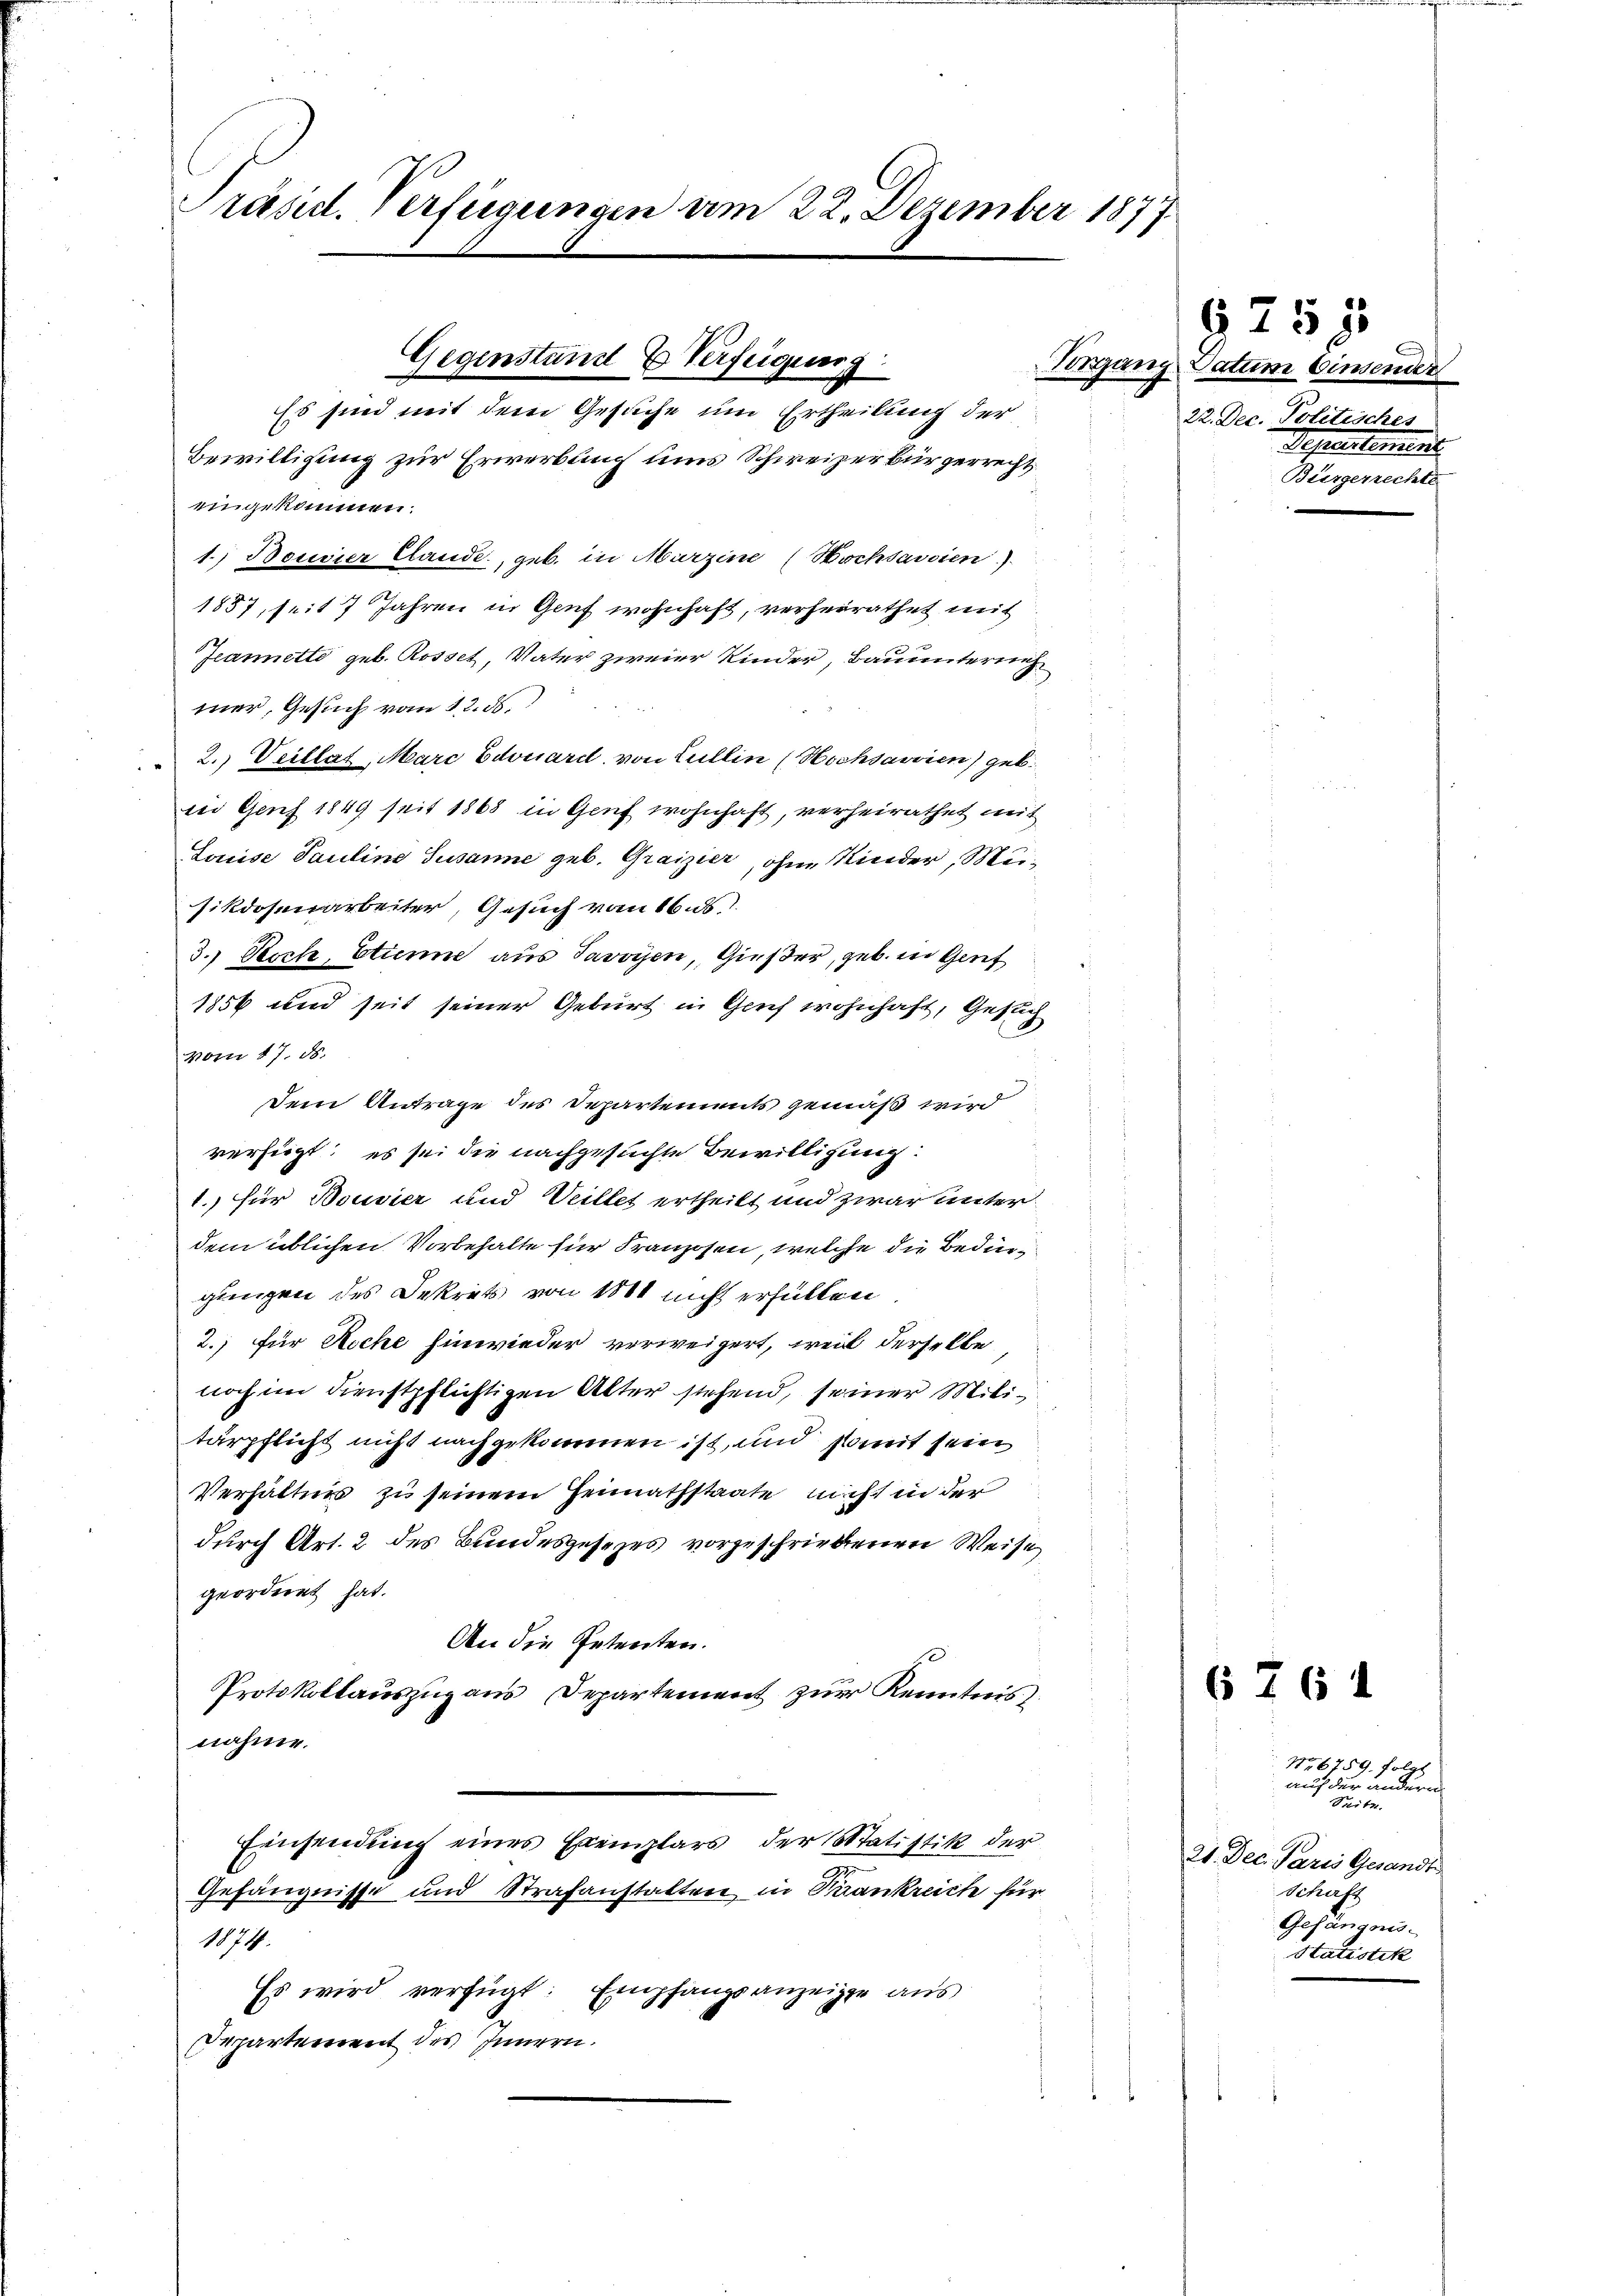
Präsid. Verfügungen am 22. Dezember 1877

Gegenstand & Verfügung
Es sind mit dem Gesuche um Ertheilung der

Bewilligung zur Erwerbung uns Schweizer Bürgerrecht
eingekommen.
1. Bossier Lande, geb. in Murzine (Kochhausien).
1857, seit 7 Jahren in Genf wohnhaft, verheirathet mit
Jeannetto geb. Rosset, Vater zweier Kinder, Bauunternich
mer, Gesuch vom 12. ds.
2. Veillat, Marc Edouard von Lullin (Hochsawien) geb.
in Genf 1849 seit 1868 in Genf wohnhaft, verheirathet mit
Louise Pauline Susanne geb. Graizier, ohne Kinder, Meisikdosenarbeiter, Gesuch vom 16.s
3.) Noch Etienne aus Javoyen, Gießer, geb. in Genf
1856 und seit seiner Geburt in Grief wohnhaft, Gesuch
vom 17. d.
Dem Antrage des Departements gemäß wird
verfügt: es sei die nachgesuchte Bewilligung:
1.) für Bouvier und Veillet ertheilt und zwar unter
dem üblichen Vorbehalte für Franzosen, welche die Bedingeeigen des Dekrets von 1000 nicht erfüllen
2. für Roche hinwieder verweigert, weil derselbe
noch im Dienstpflichtigen Alter stehend, seiner Militärpflicht nicht nachgekommen ist, und somit sein
Verhältnis zu seinem Heimathstaate nicht in der
durch Art. 2 des Bundesgesezes vorgeschriebenen Weise
geordnet hat.
An die Petenten.
Protokollauszug aus Departement zur Kenntnis
nahme.
Einsendung eines Exemplars der Statistik der
Gefängnisse und Strafanstatten in Krankreich für
1874.
Es wird verfügt: Empfangsanzeige aus
Departement des Innern.

525

Vorgang Datum Einsender
22. Dec. Politisches
Departement
Bürgerrechte

6 761

No 6759. folge
auf der andern
Pritz
21. Dec. Paris Gesandt
Schaft
Gesängens
Statistik